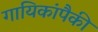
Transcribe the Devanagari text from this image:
गायिकांपैकी